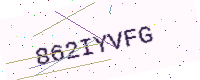
Text: 862IYVFG